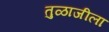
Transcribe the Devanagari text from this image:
तुळाजीला